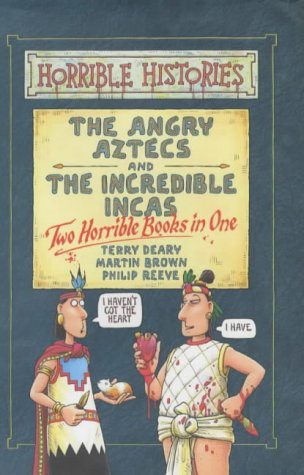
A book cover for Angry Aztecs and Incredible Incas: AND Incredible Incas (Horrible Histories Collections); Terry Deary; Children's Books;